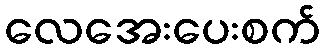
လေအေးပေးစက်